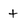
Character: t